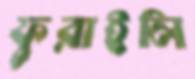
ফুরাইলি